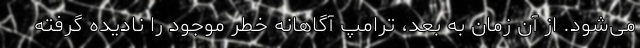
می‌شود. از آن زمان به بعد، ترامپ آگاهانه خطر موجود را نادیده گرفته